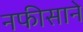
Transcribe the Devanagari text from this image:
नफीसाने